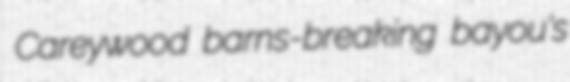
Careywood barns-breaking bayou's